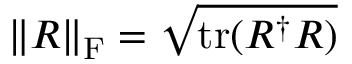
\| R \| _ { \mathrm { F } } = \sqrt { \mathrm { t r } ( R ^ { \dagger } R ) }